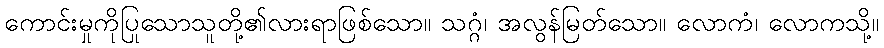
ကောင်းမှုကိုပြုသောသူတို့၏လားရာဖြစ်သော။ သဂ္ဂံ၊ အလွန်မြတ်သော။ လောကံ၊ လောကသို့။